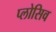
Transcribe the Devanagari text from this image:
प्लोसिव